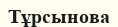
Тұрсынова